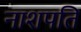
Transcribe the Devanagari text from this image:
नाशपति